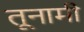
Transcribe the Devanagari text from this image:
तूनामी